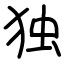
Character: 独